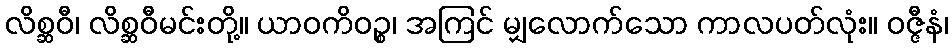
လိစ္ဆဝီ၊ လိစ္ဆဝီမင်းတို့။ ယာဝကိဝဉ္စ၊ အကြင် မျှလောက်သော ကာလပတ်လုံး။ ဝဇ္ဇီနံ၊